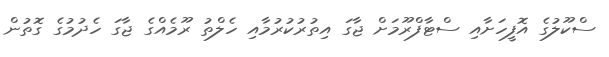
ސްކޫލުގެ އޮފީހަށާއި ސްޓާފްރޫމަށް ޖާގަ އިތުރުކުރުމާއި ހެލްތު ރޫމެއްގެ ޖާގަ ހެދުމުގެ ގޮތުން